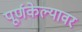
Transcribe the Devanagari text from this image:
पूर्णकेल्यावर